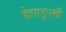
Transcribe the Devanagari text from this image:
डेहराडूनची